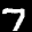
Label: 7